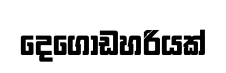
දෙගොඩහරියක්